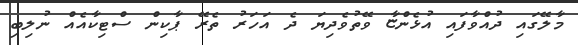
މާލޭގައި ދުއްވާފައި އުޅެންޏާ ވޭތުވެދިޔަ ދެ އަހަރު ތެރޭ ޕާކިން ސްޓިކާއެއް ނުލިބި